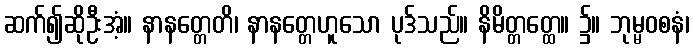
ဆက်၍ဆိုဦးအံ့။ နာနတ္တေတိ၊ နာနတ္တေဟူသော ပုဒ်သည်။ နိမိတ္တတ္ထေ။ ၌။ ဘုမ္မဝစနံ၊